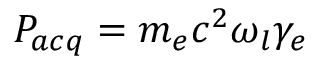
P _ { a c q } = m _ { e } c ^ { 2 } \omega _ { l } \gamma _ { e }